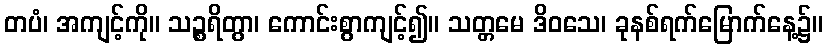
တပံ၊ အကျင့်ကို။ သဉ္စရိတွာ၊ ကောင်းစွာကျင့်၍။ သတ္တမေ ဒိဝသေ၊ ခုနစ်ရက်မြောက်နေ့၌။